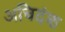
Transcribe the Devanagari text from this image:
अचिदंश